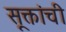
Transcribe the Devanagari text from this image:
सूक्तांची